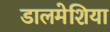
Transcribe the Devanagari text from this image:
डालमेशिया